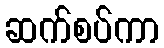
ဆက်စပ်ကာ